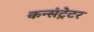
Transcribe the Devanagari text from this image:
कन्संट्रेटर